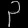
Digit: ၃